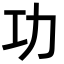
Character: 功